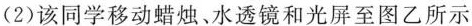
(2)该同学移动蜡烛、水透镜和光屏至图乙所示